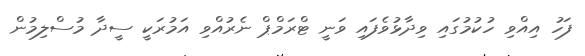
ފަހު އިއްވި ހުކުމުގައި ވިދާޅުވެފައި ވަނީ ޓްރަމްޕް ނެރުއްވި އަމުރަކީ ސީދާ މުސްލިމުން